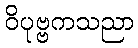
ဝိပုဗ္ဗကသညာ